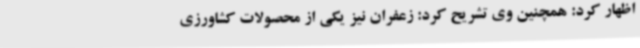
اظهار کرد: همچنین وی تشریح کرد: زعفران نیز یکی از محصولات کشاورزی